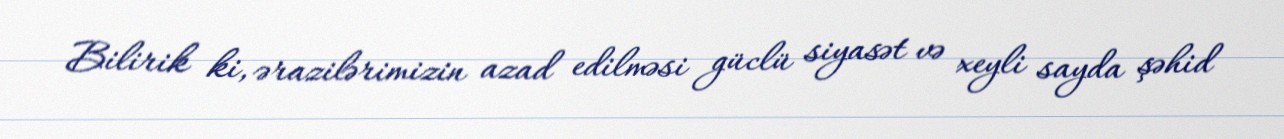
Bilirik ki, ərazilərimizin azad edilməsi güclü siyasət və xeyli sayda şəhid